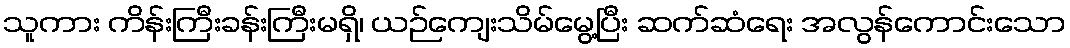
သူကား ကိန်းကြီးခန်းကြီးမရှိ၊ ယဉ်ကျေးသိမ်မွေ့ပြီး ဆက်ဆံရေး အလွန်ကောင်းသော